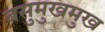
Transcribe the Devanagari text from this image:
बसुमुखमुख